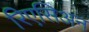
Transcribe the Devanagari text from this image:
रिएसिअन